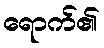
ရောက်၏